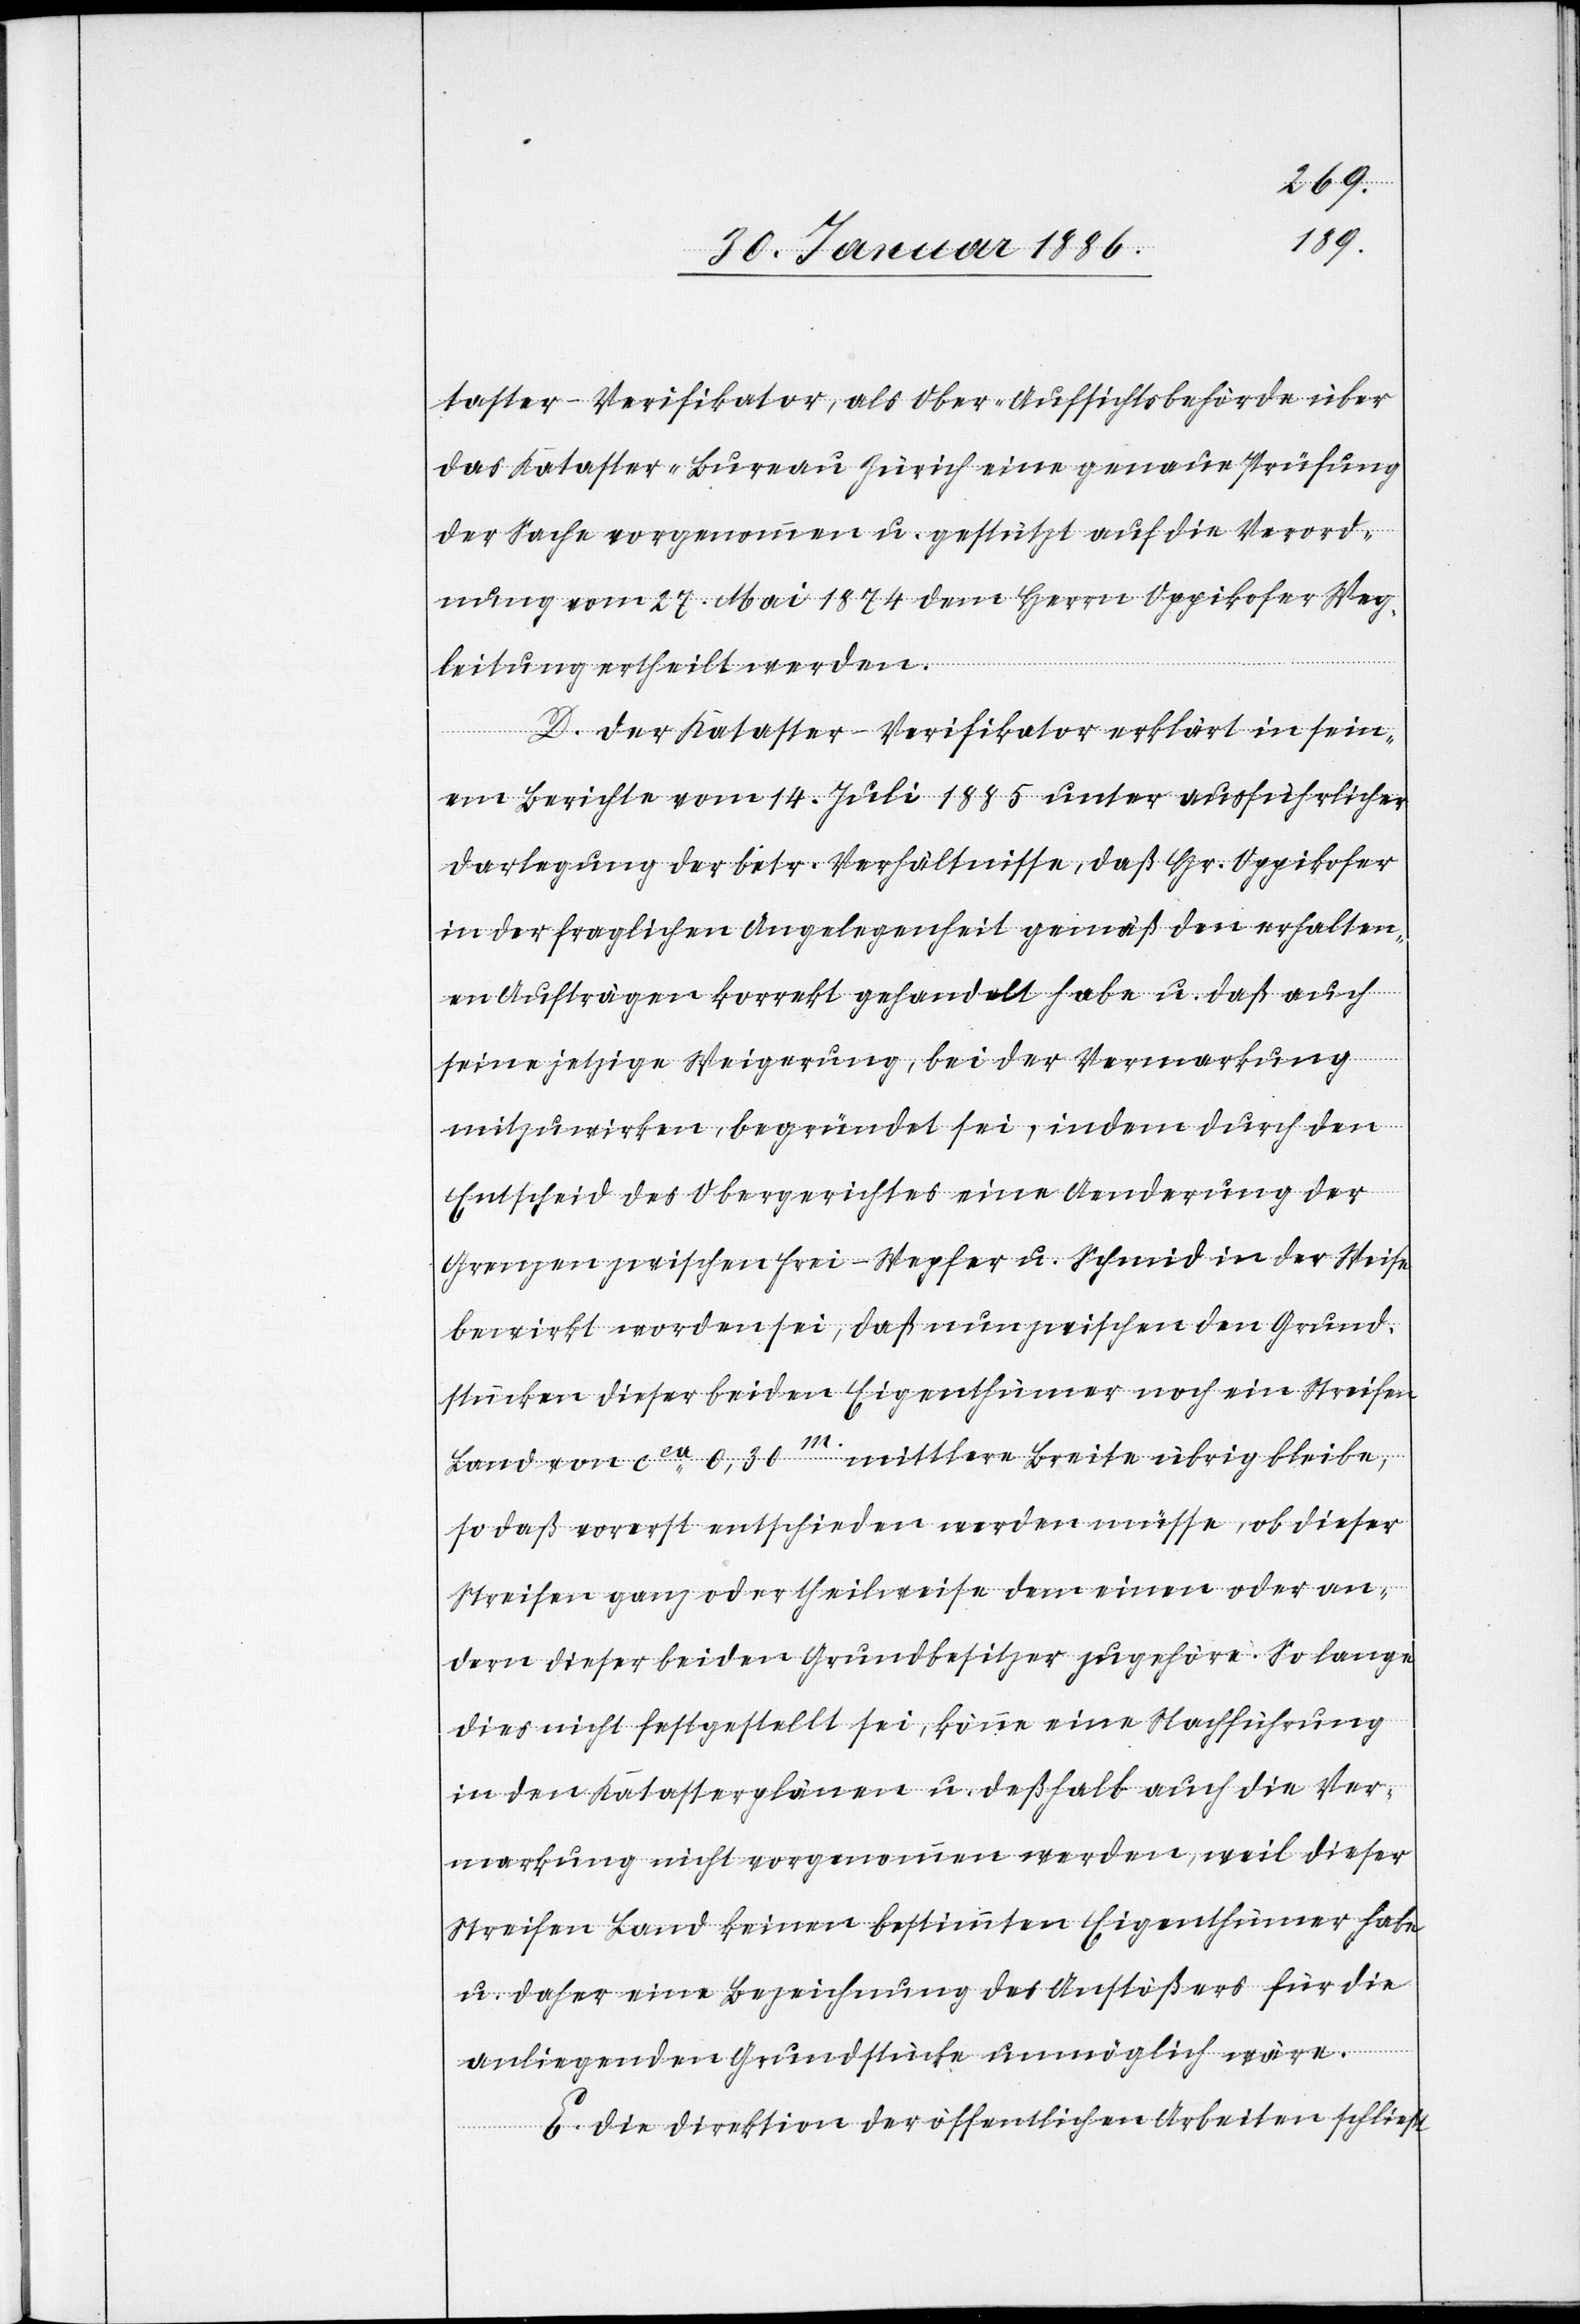
taster-Verifikator, als Ober-Aufsichtsbehörde über
das Kataster-Bureau Zürich eine genaue Prüfung
der Sache vorgenommen u. gestützt auf die Verord¬
nung vom 27. Mai 1874 dem Herrn Oppikofer Weg¬
leitung ertheilt werden.
D. Der Kataster-Verifikator erklärt in sein¬
em Berichte vom 14. Juli 1885 unter ausführlicher
Darlegung der betr. Verhältnisse, daß Hr. Oppikofer
in der fraglichen Angelegenheit gemäß den erhalten¬
en Aufträgen korrekt gehandelt habe u. daß auch
seine jetzige Weigerung, bei der Vermarkung
mitzuwirken, begründet sei, indem durch den
Entscheid des Obergerichtes eine Aenderung der
Grenzen zwischen Frei-Wepfer u. Schmid in der Weise
bewirkt worden sei, daß nun zwischen den Grund¬
stücken dieser beiden Eigenthümer noch ein Streifen
Land von cca 0,30m. mittlere Breite übrig bleibe,
so daß vorerst entschieden werden müsse, ob dieser
Streifen ganz oder theilweise dem einen oder an¬
dern dieser beiden Grundbesitzer zugehöre. So lange
dies nicht festgestellt sei, könne eine Nachführung
in den Katasterplänen u. deßhalb auch der Ver¬
markung nicht vorgenommen werden, weil dieser
Streifen Land keinen bestimmten Eigenthümer habe
u. daher eine Bezeichnung des Anstößers für die
anliegenden Grundstücke unmöglich wäre.
E. Die Direktion der öffentlichen Arbeiten schließt